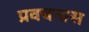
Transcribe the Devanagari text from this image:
प्रवचनास